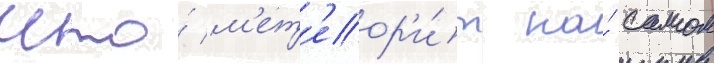
что́ м'ет'еор'и́т на́ самом